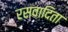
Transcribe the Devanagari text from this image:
रसवादिता